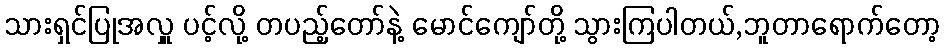
သားရှင်ပြုအလှူ ပင့်လို့ တပည့်တော်နဲ့ မောင်ကျော်တို့ သွားကြပါတယ်,ဘူတာရောက်တော့